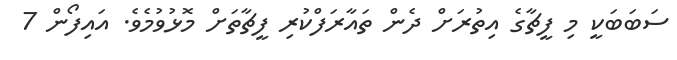
ސަބަބަކީ މި ފީޗާގެ އިތުރަށް ދެން ތައާރަފްކުރި ފީޗާތަށް މޮޅުވުމެވެ. އައިފޯން 7